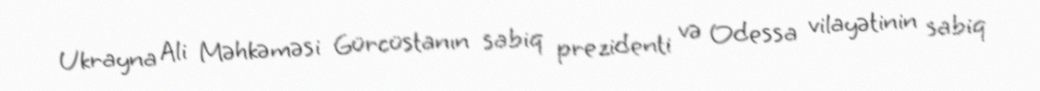
Ukrayna Ali Məhkəməsi Gürcüstanın sabiq prezidenti və Odessa vilayətinin sabiq